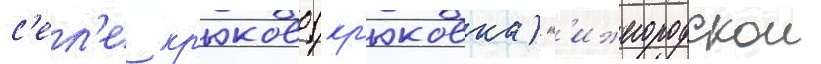
с'ел'е кр'юково (кр'юковка) н'ижегородскои